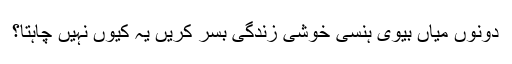
دونوں میاں بیوی ہنسی خوشی زندگی بسر کریں یہ کیوں نہیں چاہتا؟